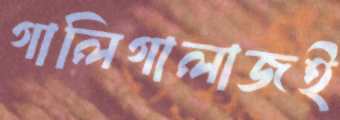
গালিগালাজই